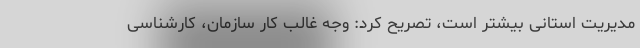
مدیریت استانی بیشتر است، تصریح کرد: وجه غالب کار سازمان، کارشناسی